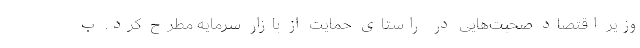
وزیر اقتصاد صحبت‌هایی در راستای حمایت از بازار سرمایه مطرح کرد. ب